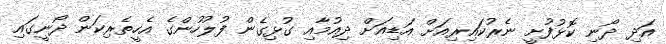
އަދި ދޯނި ކޮޅުފުށީ ނެރުކައިރިއަށް އަޑިއަށް ދިއުމާއި ގުޅިގެން ފުލުހުންގެ އެހީތެރިކަން ދޯނީގައި